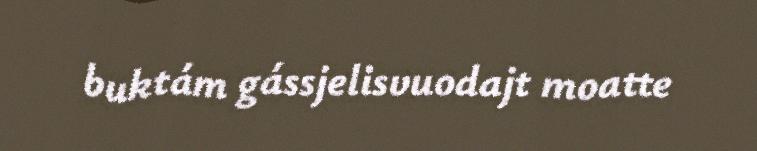
buktám gássjelisvuodajt moatte